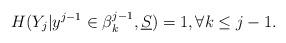
LaTeX: \begin{align*} H(Y_j | y^{j-1} \in \beta_k^{j-1}, \underline S ) =1, \forall k \leq j-1. \end{align*}